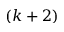
( k + 2 )